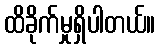
ထိခိုက်မှုရှိပါတယ်။